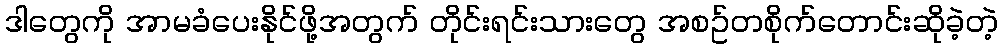
ဒါတွေကို အာမခံပေးနိုင်ဖို့အတွက် တိုင်းရင်းသားတွေ အစဥ်တစိုက်တောင်းဆိုခဲ့တဲ့